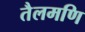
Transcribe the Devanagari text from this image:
तैलमणि